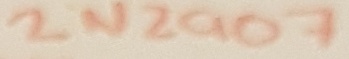
Text: 2N2907